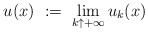
\begin{align*}u(x)\ :=\ \lim_{k\uparrow+\infty}u_k(x)\end{align*}